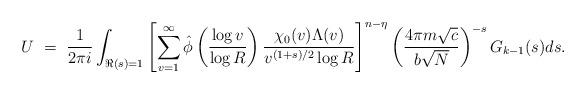
LaTeX: \begin{align*} U \ &= \ \frac{1}{2\pi i}\int_{\Re(s) = 1} \left[ \sum_{v = 1}^\infty \hat{\phi} \left( \frac{\log v}{ \log R} \right) \frac{\chi_0 (v) \Lambda(v) }{v^{(1+s)/2} \log R} \right]^{n-\eta} \left(\frac{4\pi m\sqrt{c }}{b \sqrt{N}} \right)^{-s} G_{k-1} (s) ds. \end{align*}